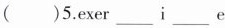
( )5. exer___i___e